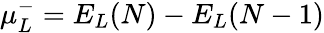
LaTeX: \mu_{L}^{-}=E_{L}(N)-E_{L}(N-1)